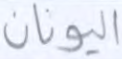
اليونان